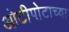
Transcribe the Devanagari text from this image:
ओटीपोटाच्या